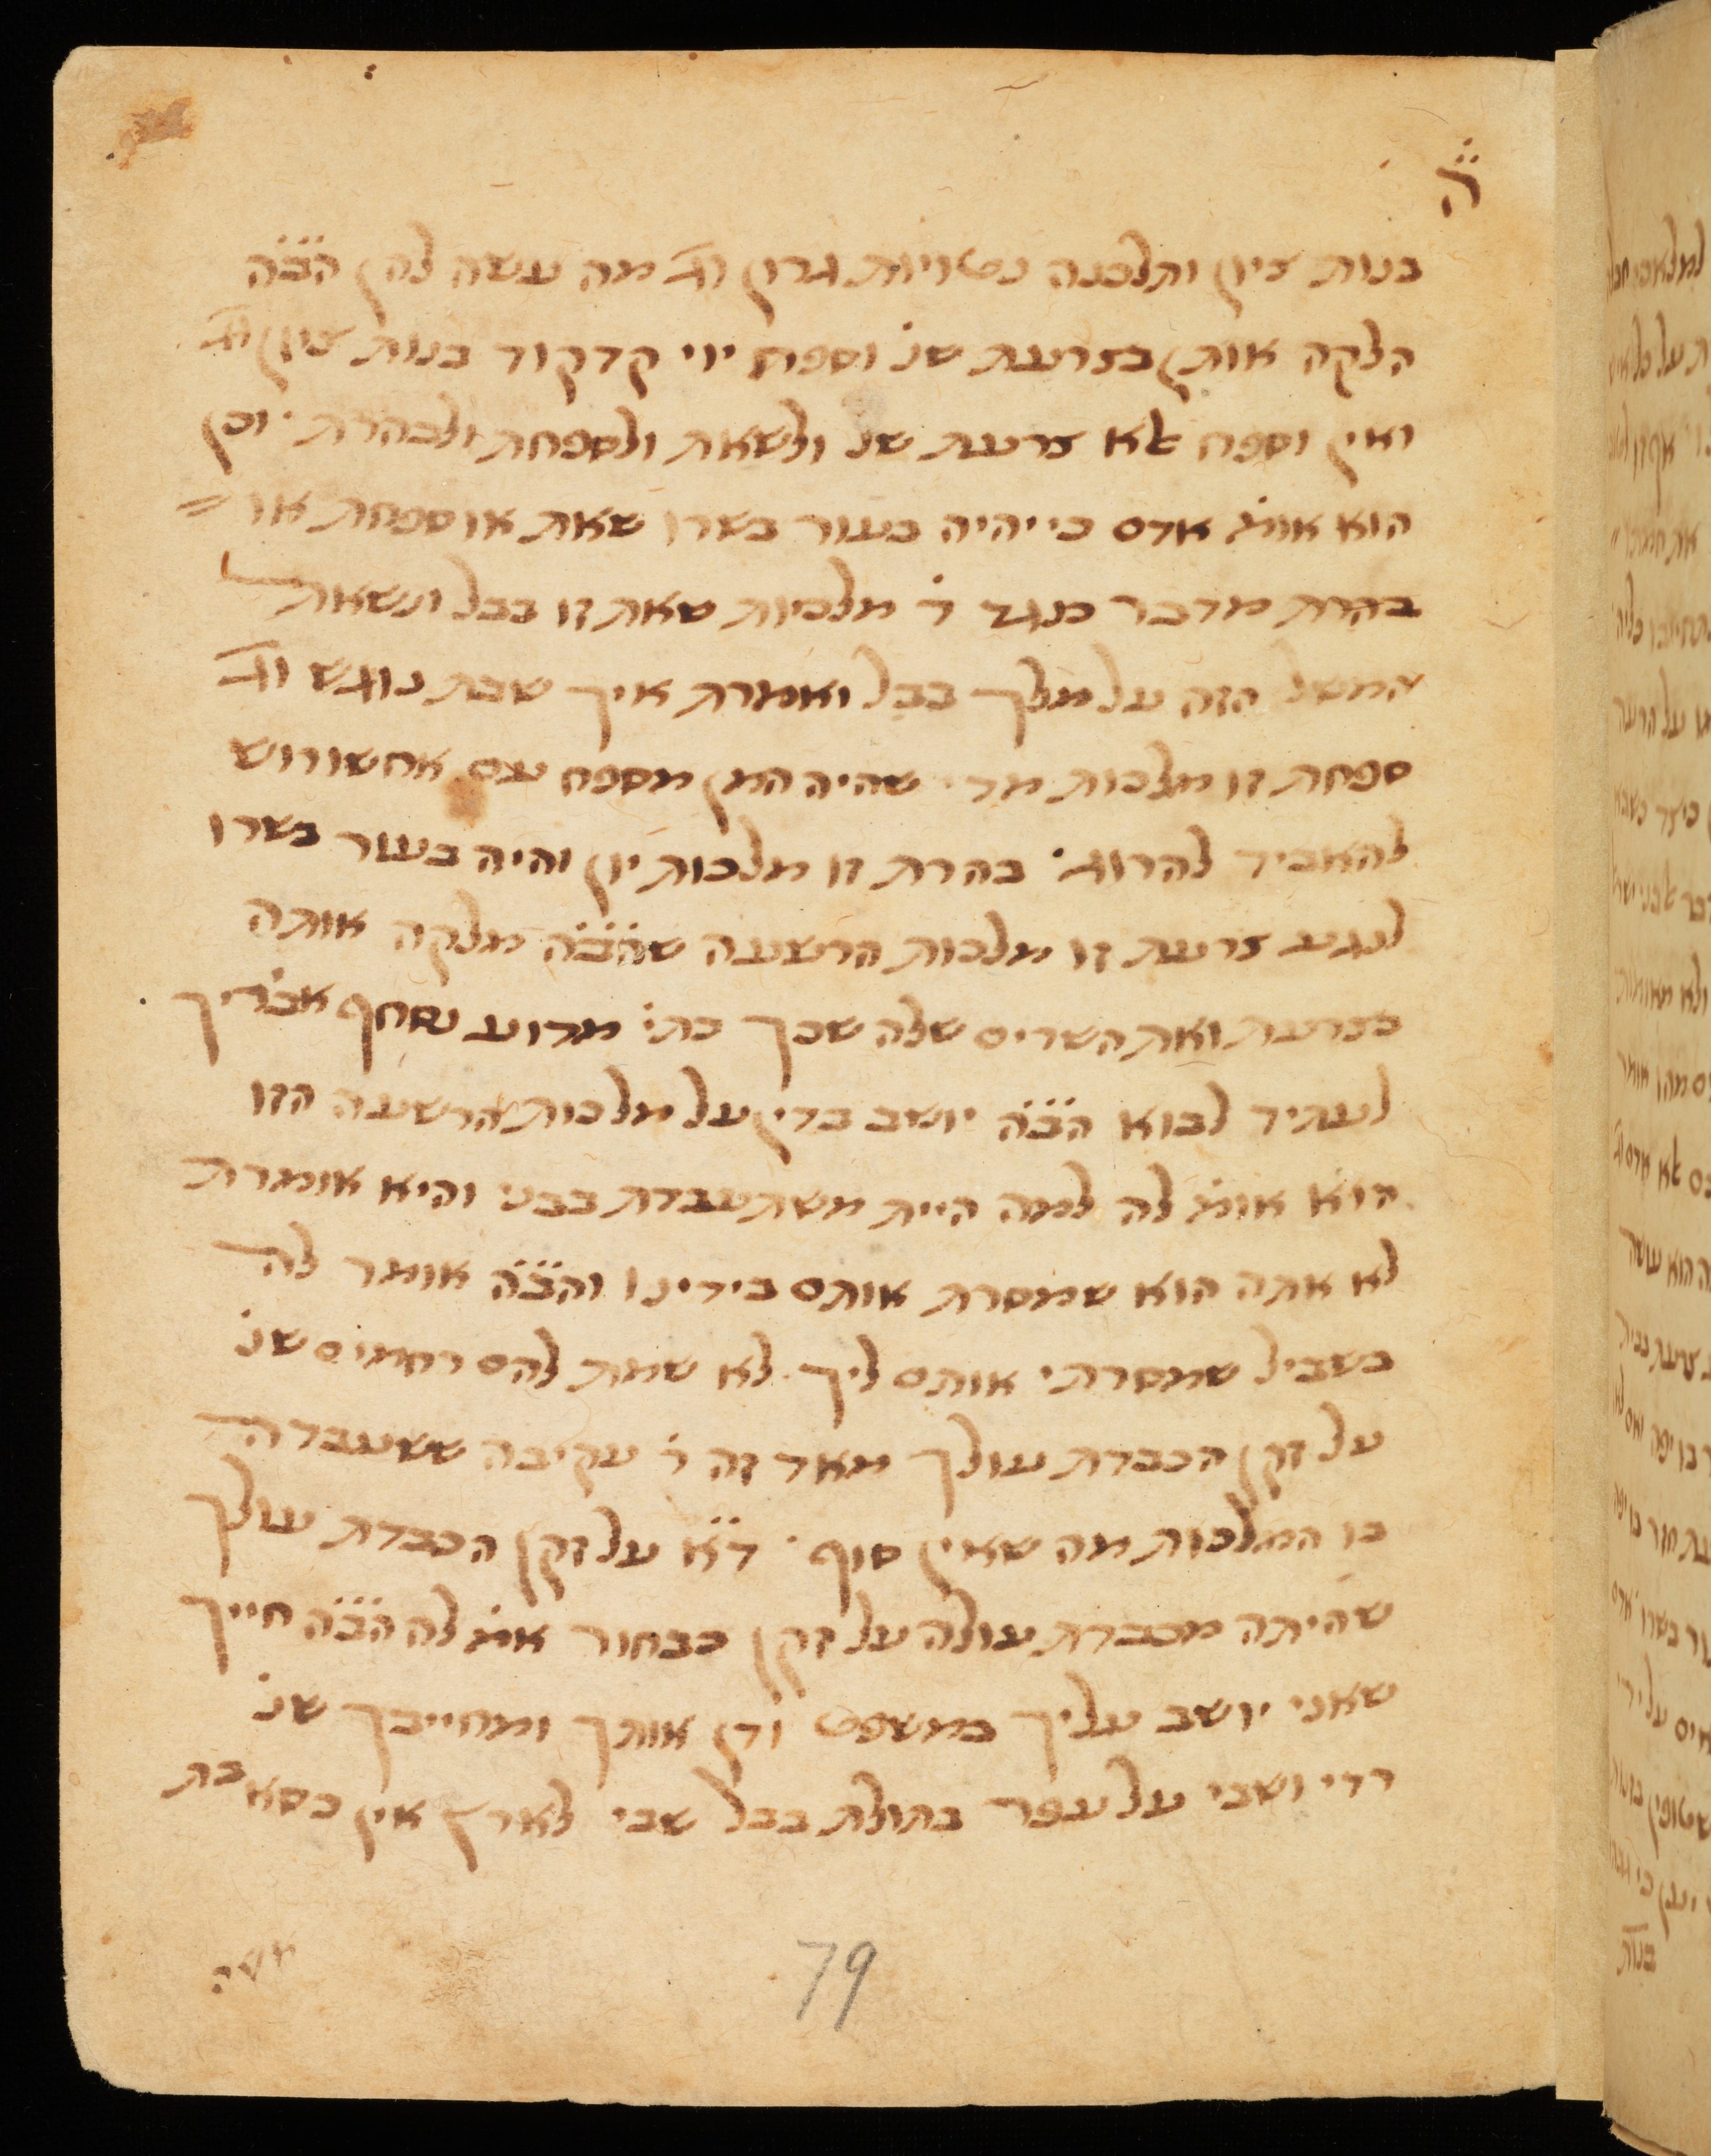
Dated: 1300–1399